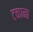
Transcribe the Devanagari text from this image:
टकाना